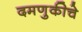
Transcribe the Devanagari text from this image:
दमणुकीचे